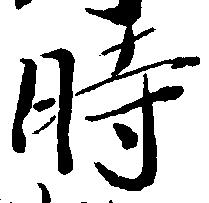
時